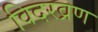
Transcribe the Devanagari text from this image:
विदरव्रण